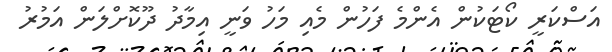
އަސްކަރީ ކޯޓަކުން އެންމެ ފަހުން މެއި މަހު ވަނީ އިމާދު ދޫކޮށްލަން އަމުރު